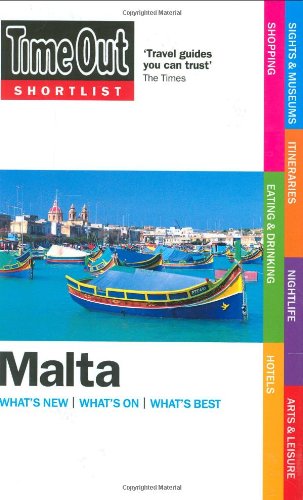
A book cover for Time Out Shortlist Malta; Editors of Time Out; Travel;